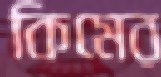
কিমের